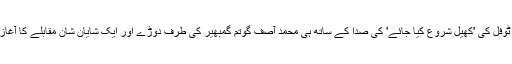
سائمن ٹوفل کی 'کھیل شروع کیا جائے' کی صدا کے ساتھ ہی محمد آصف گوتم گمبھیر کی طرف دوڑے اور ایک شایان شان مقابلے کا آغاز ہوگیا۔